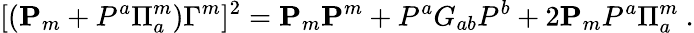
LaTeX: [({\mathbf P}_{m}+P^{a}\Pi_{a}^{m})\Gamma^{m}]^{2}={\mathbf P}_{m}{\mathbf P}^{m}+P^{a}G_{ab}P^{b}+2{\mathbf P}_{m}P^{a}\Pi_{a}^{m}\ .